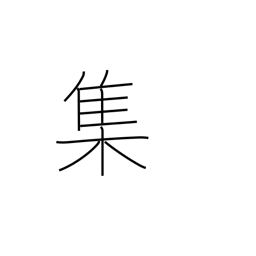
Meaning: swarm